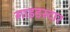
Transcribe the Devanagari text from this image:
गाइडस्टार